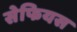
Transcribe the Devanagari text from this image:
सेफियस